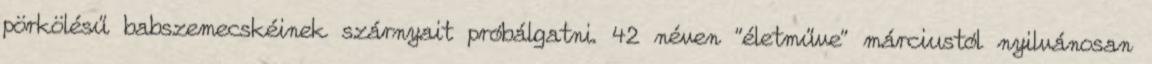
pörkölésű babszemecskéinek szárnyait próbálgatni. 42 néven "életműve" márciustól nyilvánosan